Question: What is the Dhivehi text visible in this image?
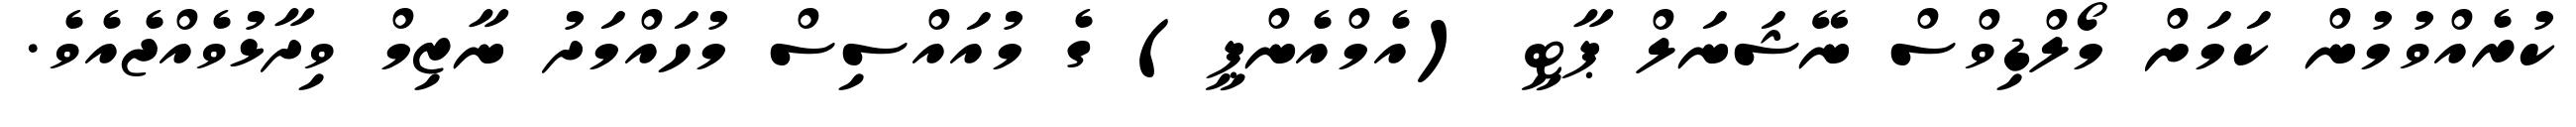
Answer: ކުރެއްވުމުން ކަމަށް މޯލްޑިވްސް ނޭޝަނަލް ޕާޓީ (އެމްއެންޕީ) ގެ މުއައްސިސް މުހައްމަދު ނާޒިމް ވިދާޅުވެއްޖެއެވެ.